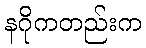
နဂိုကတည်းက